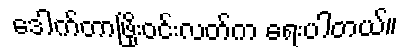
ဒေါက်တာဖြိုးဝင်းလတ်က ရေးပါတယ်။